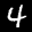
Label: 4